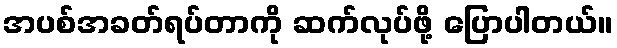
အပစ်အခတ်ရပ်တာကို ဆက်လုပ်ဖို့ ပြောပါတယ်။